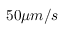
5 0 \mu m / s